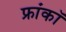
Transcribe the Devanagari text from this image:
फ्रांकॉ